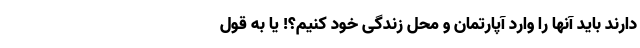
دارند باید آنها را وارد آپارتمان و محل زندگی خود کنیم؟! یا به قول